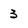
Character: 3